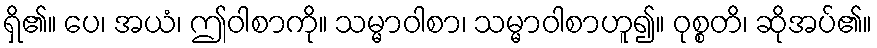
ရှိ၏။ ပေ၊ အယံ၊ ဤဝါစာကို။ သမ္မာဝါစာ၊ သမ္မာဝါစာဟူ၍။ ဝုစ္စတိ၊ ဆိုအပ်၏။